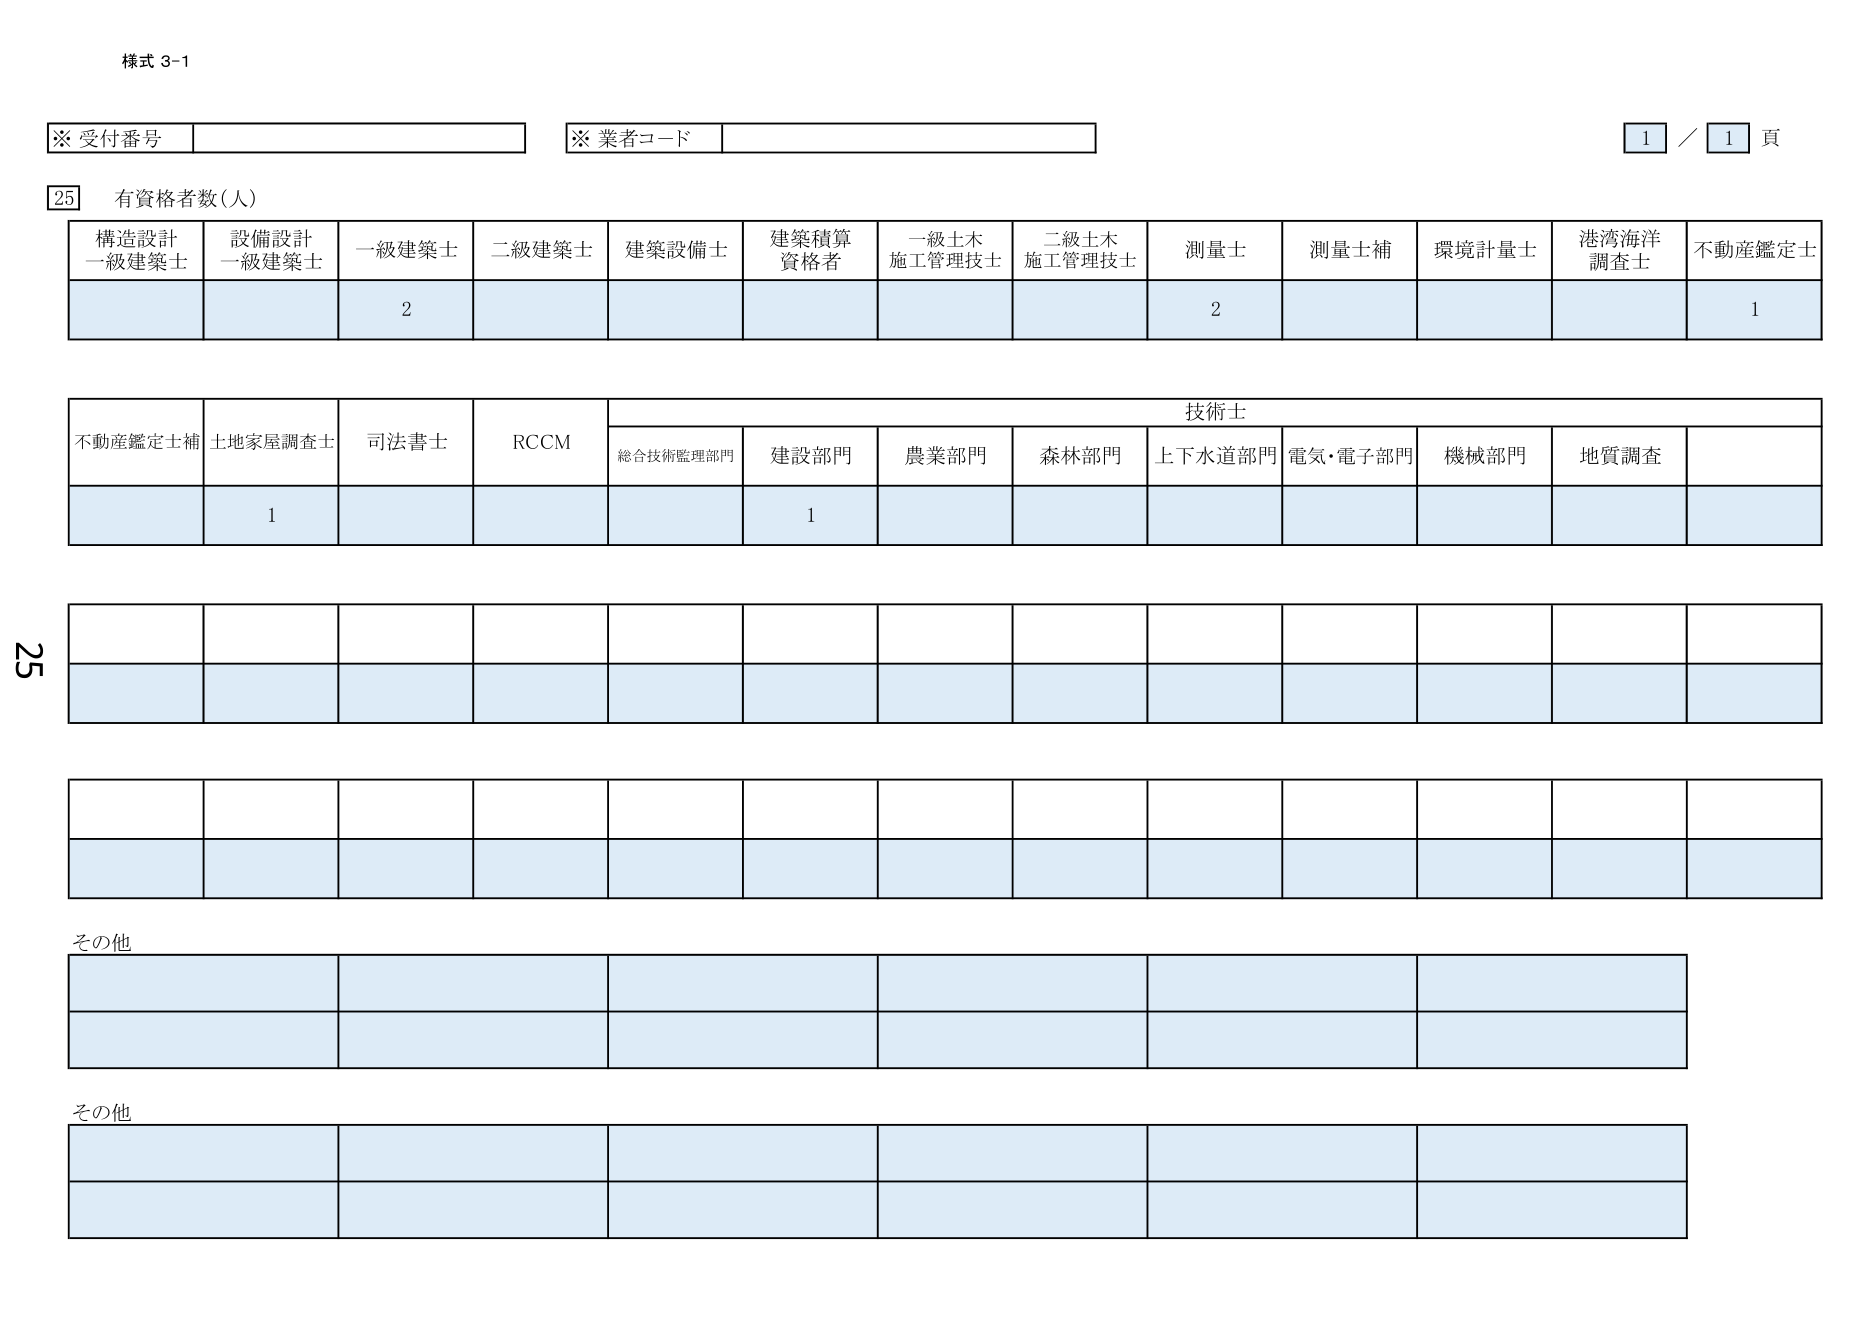
様式 3-1

※ 受付番号
※ 業者コード
1 / 1 頁

25 有資格者数（人）

構造設計
一級建築士
設備設計
一級建築士
一級建築士
二級建築士
建築設備士
建築積算
資格者
一級土木
施工管理技士
二級土木
施工管理技士
測量士
測量士補
環境計量士
港湾海洋
調査士
不動産鑑定士

2
2
1

技術士

不動産鑑定士補
土地家屋調査士
司法書士
RCCM
総合技術監理部門
建設部門
農業部門
森林部門
上下水道部門
電気・電子部門
機械部門
地質調査

1
1

その他

その他

25